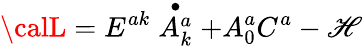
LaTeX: {\calL}=E^{ak}\stackrel{\bullet}{A_{k}^{a}}+A_{0}^{a}C^{a}-{\cal\mathscr{H}}